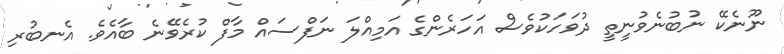
ނޫނެކޭ ނުބުނެވުނީތީ ދުވަހަކުވެސް އަހަރެންގެ އަމިއްލަ ނަފްސައް މާފް ކުރެވޭނެ ބާއެވެ. އެނބުރި